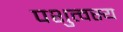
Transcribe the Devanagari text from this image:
पशुत्वस्य